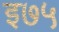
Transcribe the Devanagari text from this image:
इ७५